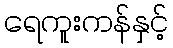
ရေကူးကန်နှင့်